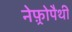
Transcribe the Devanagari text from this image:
नेफ़्रोपैथी